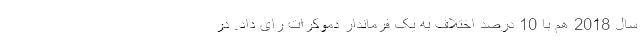
سال 2018 هم با 10 درصد اختلاف به یک فرماندار دموکرات رای داد. در